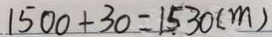
1 5 0 0 + 3 0 = 1 5 3 0 ( m )